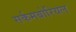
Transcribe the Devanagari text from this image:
सर्कमबोरियल